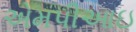
એમપીઆઇ